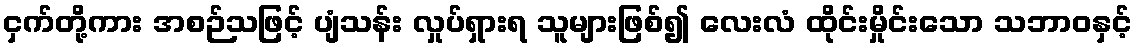
ငှက်တို့ကား အစဉ်သဖြင့် ပျံသန်း လှုပ်ရှားရ သူများဖြစ်၍ လေးလံ ထိုင်းမှိုင်းသော သဘာဝနှင့်